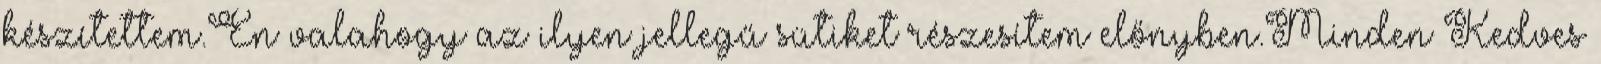
készítettem.Én valahogy az ilyen jellegű sütiket részesítem előnyben.Minden Kedves